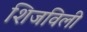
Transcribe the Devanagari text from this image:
शिजविली